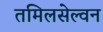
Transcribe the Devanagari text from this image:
तमिलसेल्वन